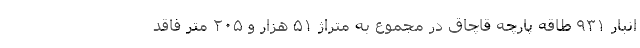
انبار ۹۳۱ طاقه پارچه قاچاق در مجموع به متراژ ۵۱ هزار و ۲۰۵ متر فاقد